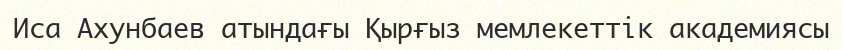
Иса Ахунбаев атындағы Қырғыз мемлекеттік академиясы